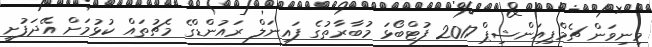
މިނިވަން ޗެމްޕިއަންޝިޕް 2017 ފުޓްބޯޅަ މުބާރާތުގެ ފައިނަލް ރައުންޑްގެ މެޗުތައް ކުޅުމަށް އޭދަފުށީ